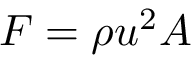
F = \rho u ^ { 2 } A